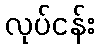
လုပ်ငန်း